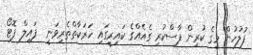
ފުލުހުން މީގެ ކުރިން ފާސްކުރި ގެއެއްގެ ކައިރީގައި ހަރަކާތްތެރިވަނީ  ފައިލް ފޮޓޯ